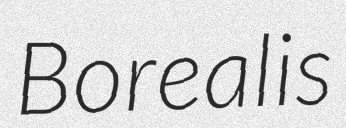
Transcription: Borealis